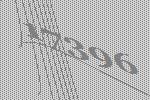
17396